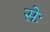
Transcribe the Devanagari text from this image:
सेः